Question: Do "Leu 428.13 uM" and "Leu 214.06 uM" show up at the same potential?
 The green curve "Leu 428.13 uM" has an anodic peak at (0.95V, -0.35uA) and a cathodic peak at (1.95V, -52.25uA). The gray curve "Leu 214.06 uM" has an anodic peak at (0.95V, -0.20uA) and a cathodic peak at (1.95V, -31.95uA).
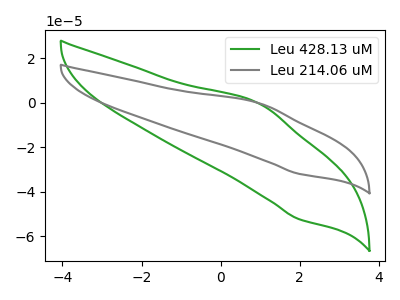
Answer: <think>All the peaks in "Leu 428.13 uM" have a peak in "Leu 214.06 uM" at the same potential.
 </think>
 <answer>"Leu 428.13 uM" and "Leu 214.06 uM" are similar in shape.</answer>
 <eval>same_shape</eval>